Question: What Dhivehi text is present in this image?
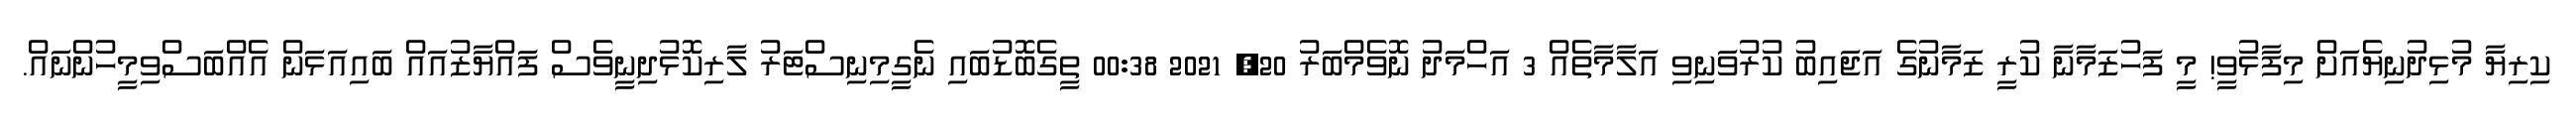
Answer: ކިރިޔާ މުޅިދުނިޔެއަށް މިފާޅުވީ! މީ ފަހުޒަމާނާ ކުރީ ޒަމާނުގެ އަޖައިބު ކުރުވަނިވި އަލާމާތެއް 3 އަހްމަދު ނޮވެމްބަރު 20, 2021 00:38 ތީގެބޮޑުބައި ނެގީމިނިސްޓަރު ލާރިކޮޅުދިނީވެސް ފައްޔާޒުއައް ބައިއަޅަން އެއްބަސްވިމީހުންނައް.